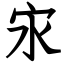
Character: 㲾